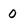
Character: 0